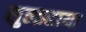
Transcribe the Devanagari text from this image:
सुल्झ्हाया